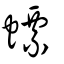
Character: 螵